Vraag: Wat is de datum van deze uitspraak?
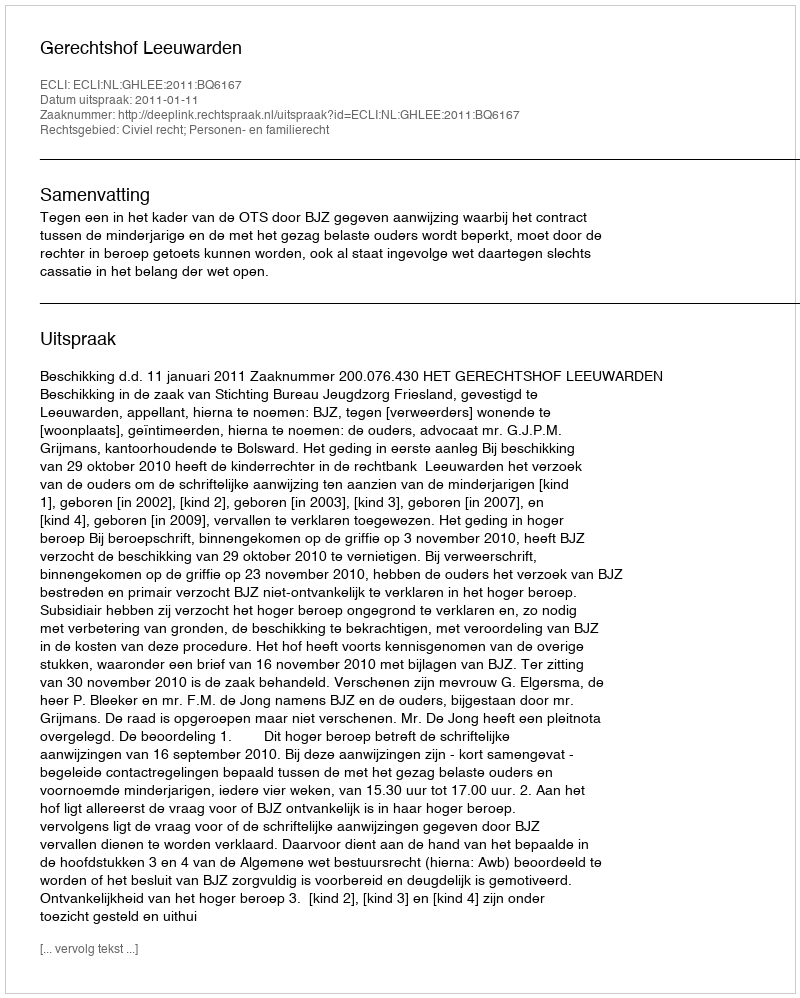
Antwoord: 2011-01-11